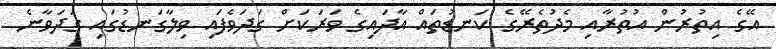
އޭގެ އިތުރުން އުތުރާއި މެދުތެރޭގެ ކަނޑުތައް އާދައިގެ ވަރަކަށް ގަދަވެފައި ވިލާގަނޑުގައި ގަދަވާނެ